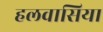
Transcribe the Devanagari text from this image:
हलवासिया